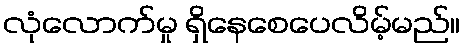
လုံလောက်မှု ရှိနေစေပေလိမ့်မည်။